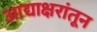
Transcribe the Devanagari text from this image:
आद्याक्षरांतून